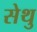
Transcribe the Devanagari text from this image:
सेथु